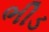
ભીડ